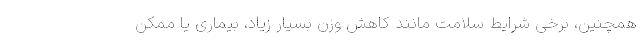
همچنین، برخی شرایط سلامت مانند کاهش وزن بسیار زیاد، بیماری یا ممکن